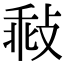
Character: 㪓